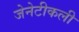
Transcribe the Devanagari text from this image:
जेनेटीकली